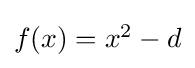
\textstyle f(x)=x^{2}-d